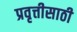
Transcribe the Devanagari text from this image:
प्रवृत्तीसाठी